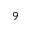
^ 9